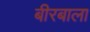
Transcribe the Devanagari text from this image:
बीरबाला